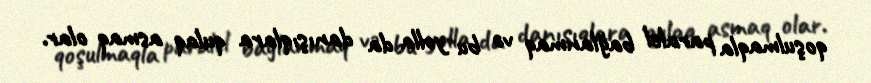
qoşulmaqla paralel bağlanmaq və bu yolla da danışıqlara qulaq asmaq olar.